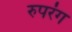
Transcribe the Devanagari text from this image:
रुपरंग